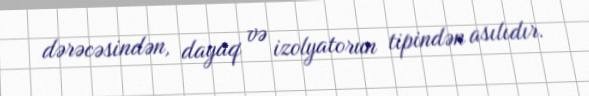
dərəcəsindən, dayaq və izolyatorun tipindən asılıdır.